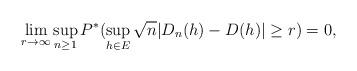
LaTeX: \begin{align*}\lim_{r \rightarrow \infty} \sup_{n \ge 1}P^{*}( \sup_{h \in E}\sqrt{n} |D_n(h) - D(h)| \ge r) =0, \end{align*}